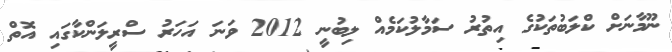
ނޫމާނަށް ކްލަބުތަކުގެ އިތުރު ސަމާލުކަމެއް ލިބުނީ 2012 ވަނަ އަހަރު ސްރީލަންކާގައި އޮތް